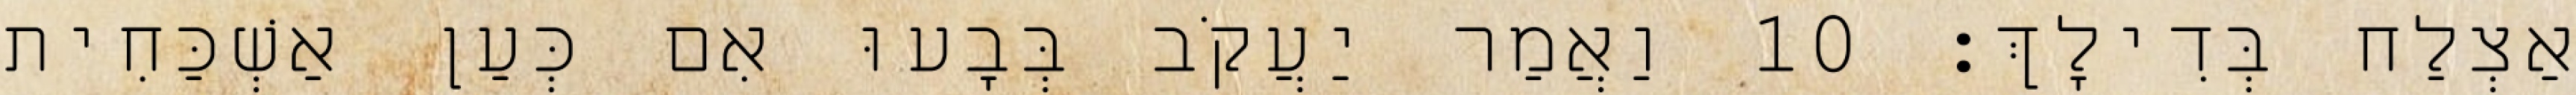
אַצְלַח בְּדִילָךְ׃ 10 וַאֲמַר יַעֲקֹב בְּבָעוּ אִם כְּעַן אַשְׁכַּחִית